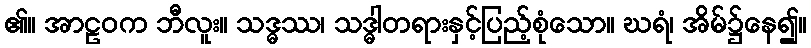
၏။ အာဠဝက ဘီလူး။ သဒ္ဓဿ၊ သဒ္ဓါတရားနှင့်ပြည့်စုံသော။ ဃရံ၊ အိမ်၌နေ၍။